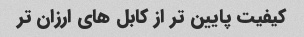
کیفیت پایین تر از کابل های ارزان تر